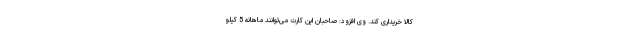
کالا خریداری کند. وی افزود: صاحبان این کارت می‌توانند ماهانه 5 کیلو